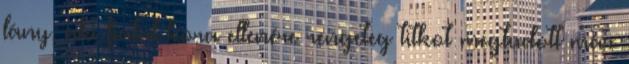
lány, aki fiatal kora ellenére rengeteg titkot megtudott már